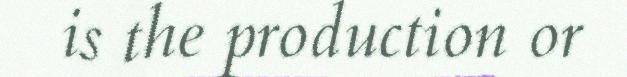
is the production or